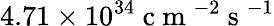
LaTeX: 4.71\times 10^{34}\mathrm{~c~m~}^{-2}\mathrm{~s~}^{-1}